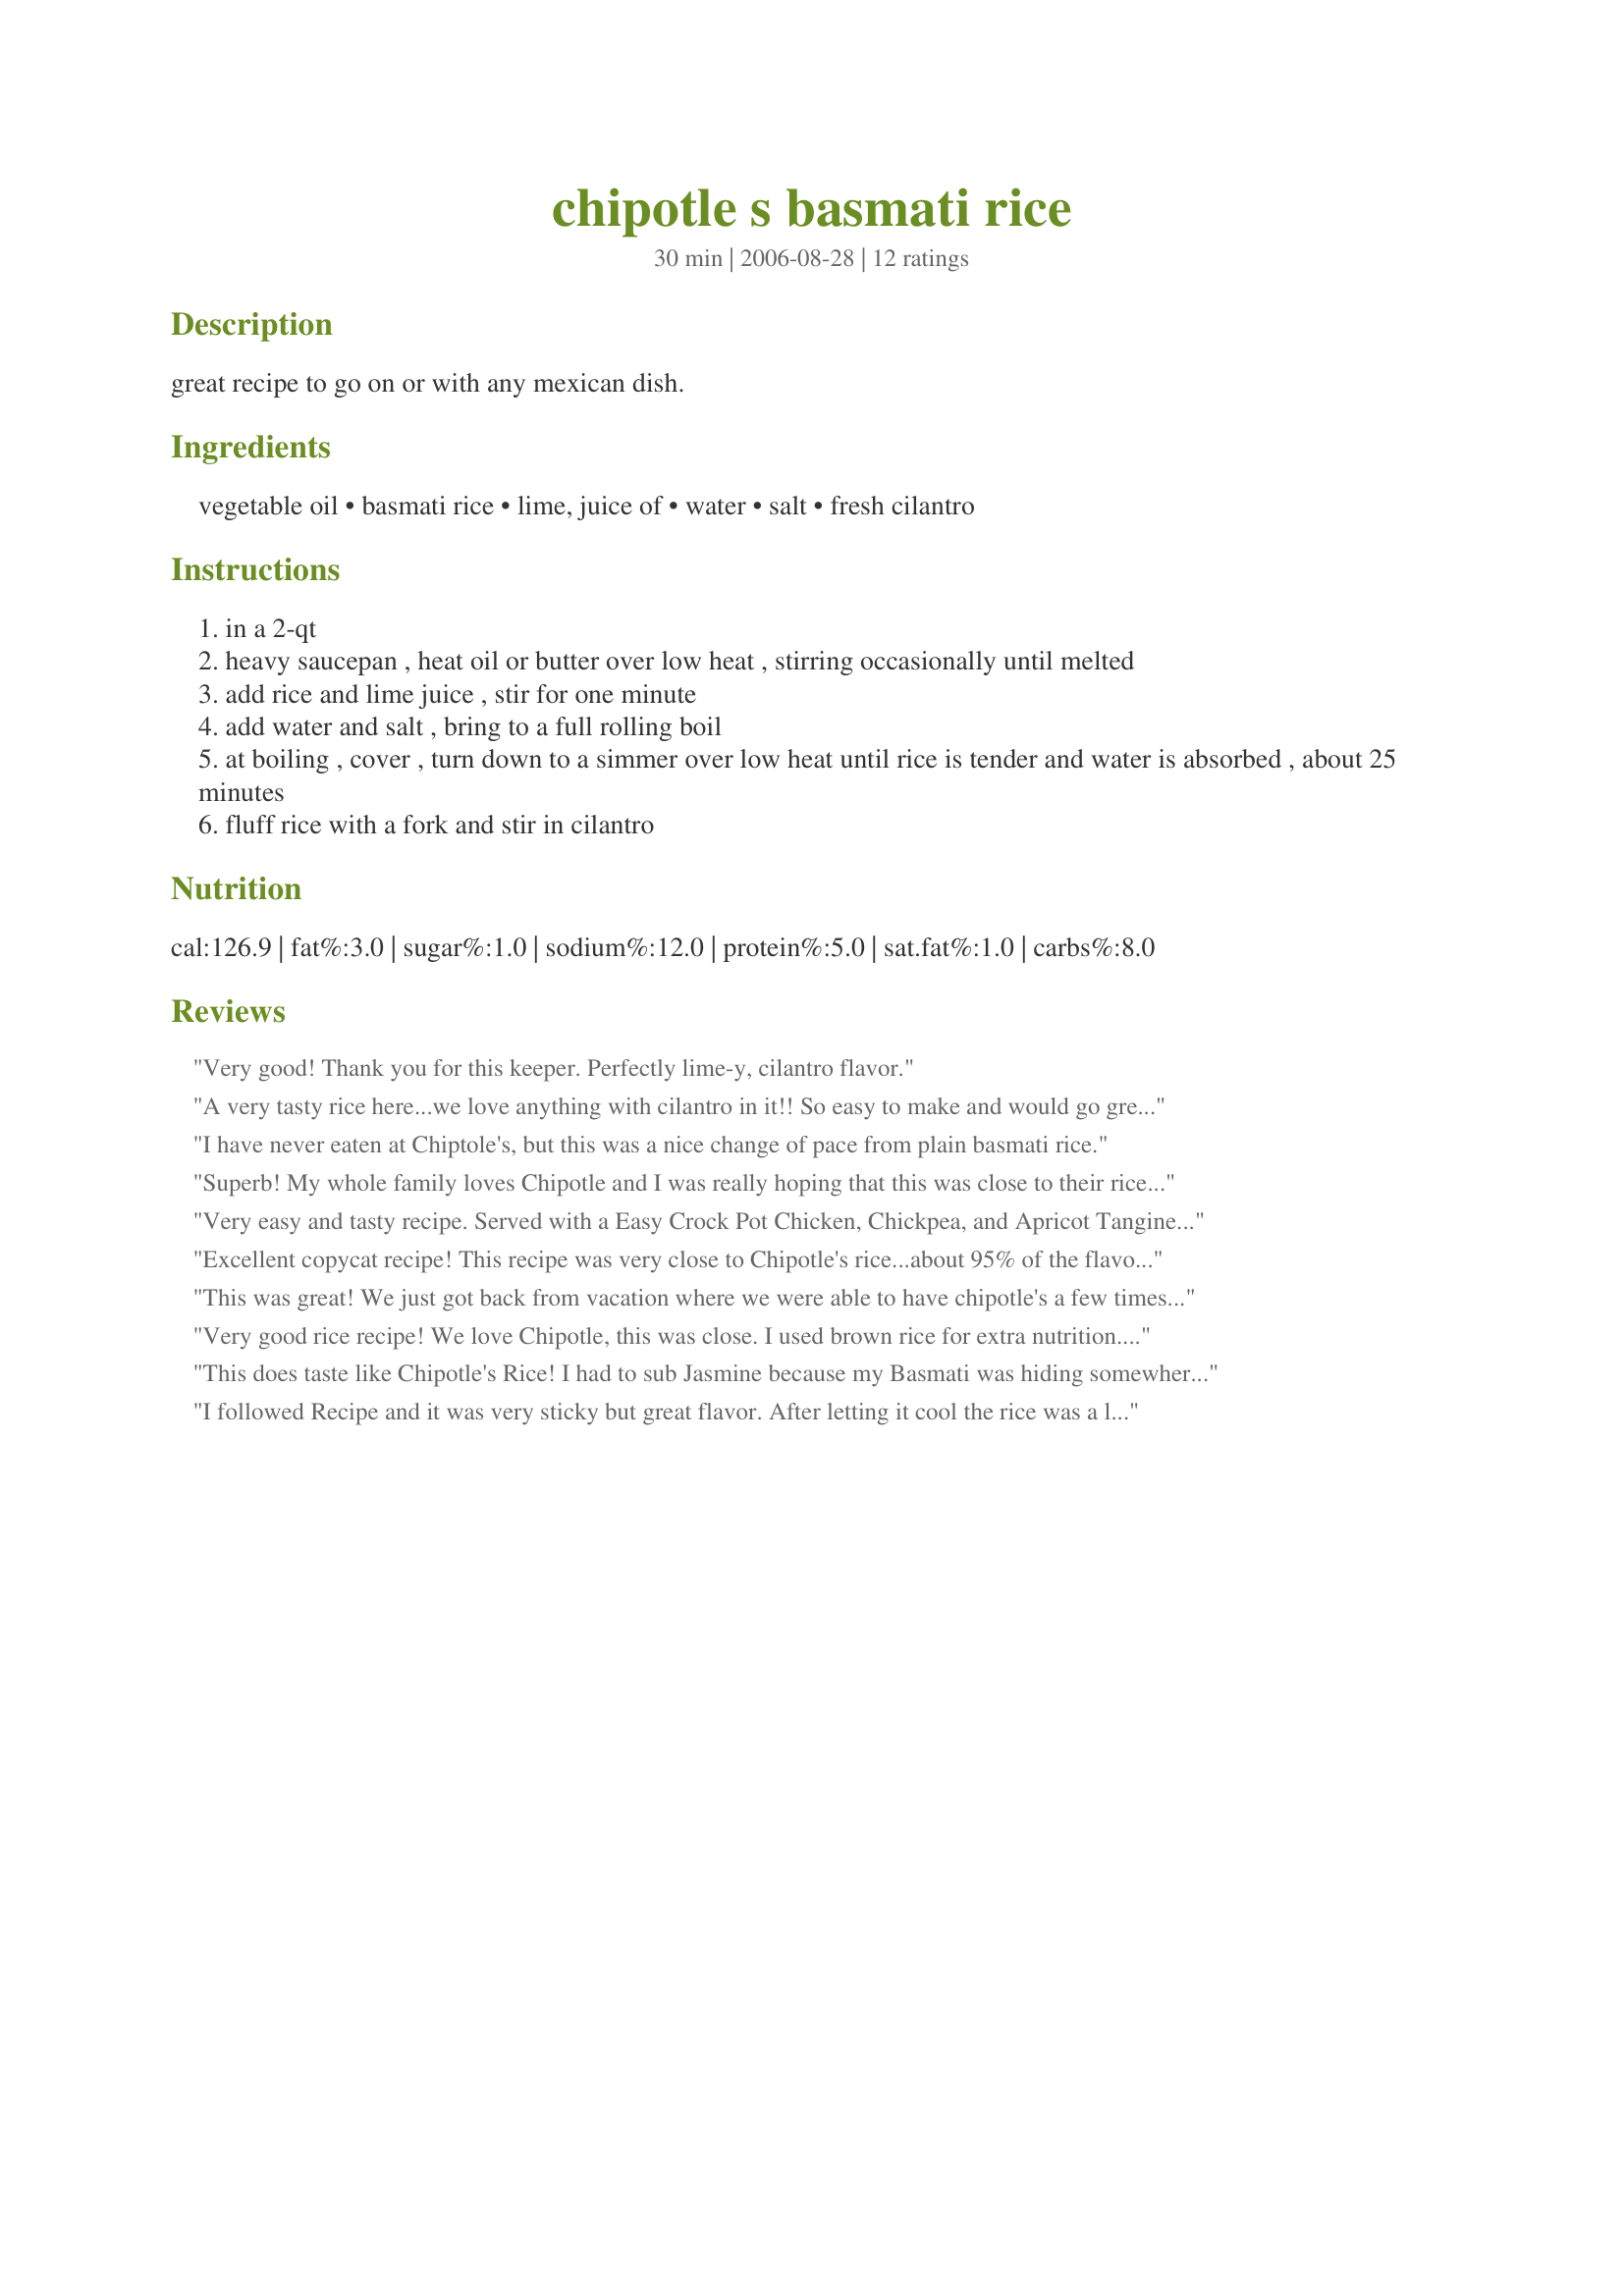
chipotle s basmati rice
Preparation time: 30 minutes

great recipe to go on or with any mexican dish.

Ingredients:
vegetable oil, basmati rice, lime, juice of, water, salt, fresh cilantro

Steps:
in a 2-qt
heavy saucepan , heat oil or butter over low heat , stirring occasionally until melted
add rice and lime juice , stir for one minute
add water and salt , bring to a full rolling boil
at boiling , cover , turn down to a simmer over low heat until rice is tender and water is absorbed , about 25 minutes
fluff rice with a fork and stir in cilantro

Reviews:
Very good! Thank you for this keeper. Perfectly lime-y, cilantro flavor.
A very tasty rice here...we love anything with cilantro in it!! So easy to make and would go great with many different cuisines. Made for Pick A Chef, 2010. Thanks for posting! (-:
I have never eaten at Chiptole's, but this was a nice change of pace from plain basmati rice.
Superb! My whole family loves Chipotle and I was really hoping that this was close to their rice. It definitely is and the kids were scraping the bowl clean. I will make this next time we are having burritos too. For flavor and ease of preparation, this is a great recipe!
Very easy and tasty recipe. Served with a Easy Crock Pot Chicken, Chickpea, and Apricot Tangine recipe #137530. I think this would be nice with so many things and uses simple things - not fussy but delicious.
Excellent copycat recipe! This recipe was very close to Chipotle's rice...about 95% of the flavor. Thank you for the posting! NOTE: I will double this recipe in the future, as I did not seem to get 4 servings from the listed ingredients.
This was great! We just got back from vacation where we were able to have chipotle's a few times and my husband was greatly missing it already, since it is one of his favorite places to eat. So since I was making a southwest crockpot chicken today I figured I would make this rice to go along with it, and put it all in a burrito. It turned out great even though I only had minute rice on hand. I just made as stated but obviously for much less time. I combined that along with the southwest chicken, guacamole, and red onion to make some great burritos! They would really have been great with some sour cream and cheese too, but we are on a no dairy diet right now.
Very good rice recipe! We love Chipotle, this was close. I used brown rice for extra nutrition. We enjoyed it very much and will be using this one again.
This does taste like Chipotle's Rice! I had to sub Jasmine because my Basmati was hiding somewhere in my pantry. While it was cooking I found I needed to add additional water but that may be because I used a different rice. I served this with some Mexican food that I made and then had the leftovers with some Indian food that a friend had given me. It was still wonderful the next day!
I followed Recipe and it was very sticky but great flavor. After letting it cool the rice was a lot less sticky and perfect reheated.
I used brown basmati rice which worked well enough but it definitely would have been better with the white rice. The taste of the seasoning was spot on in terms of matching the flavour of the rice at Chipotle.
I don't live near a Chipotle's, but my sister does and she raves about the rice. I tried this recipe this evening for the family and we liked it well enough. I like the tang the lime gives the rice-something a little different.
